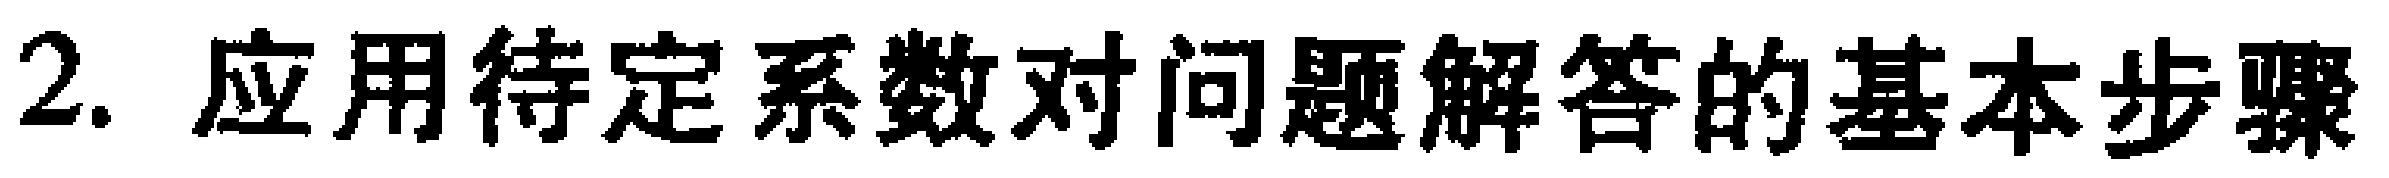
2. 应用待定系数对问题解答的基本步骤